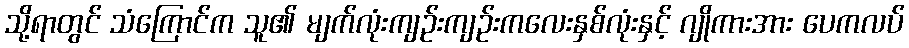
သို့ရာတွင် သံကြောင်က သူ၏ မျက်လုံးကျဉ်းကျဉ်းကလေးနှစ်လုံးနှင့် ဂျိုကားအား ပေကလပ်